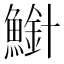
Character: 𫠍